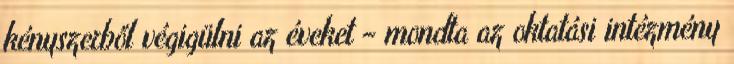
kényszerből végigülni az éveket – mondta az oktatási intézmény